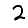
Digit: 2